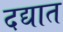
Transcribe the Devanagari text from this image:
दद्यात